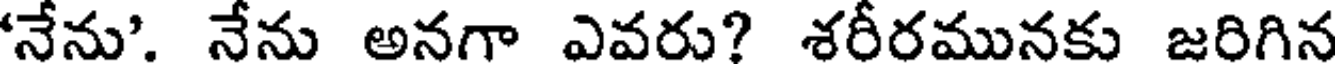
నేను'. నేను అనగా ఎవరు? శరీరమునకు జరిగిన